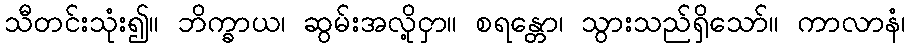
သီတင်းသုံး၍။ ဘိက္ခာယ၊ ဆွမ်းအလို့ငှာ။ စရန္တော၊ သွားသည်ရှိသော်။ ကာလာနံ၊